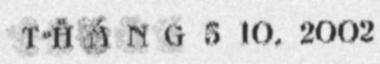
THÁNG 5 10, 2002